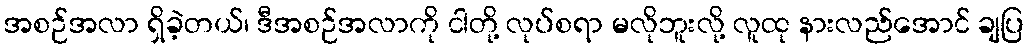
အစဉ်အလာ ရှိခဲ့တယ်၊ ဒီအစဉ်အလာကို ငါတို့ လုပ်စရာ မလိုဘူးလို့ လူထု နားလည်အောင် ချပြ